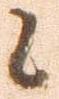
候